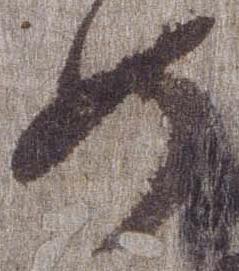
如